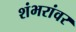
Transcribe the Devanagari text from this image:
शंभरांवर